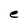
Character: e